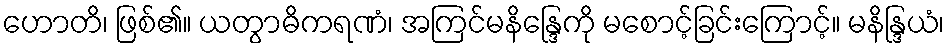
ဟောတိ၊ ဖြစ်၏။ ယတွာဓိကရဏံ၊ အကြင်မနိန္ဒြေကို မစောင့်ခြင်းကြောင့်။ မနိန္ဒြယံ၊